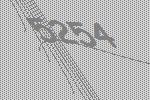
5254